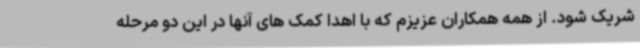
شریک شود. از همه همکاران عزیزم که با اهدا کمک های آنها در این دو مرحله